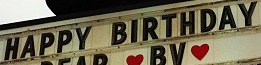
HAPPY BIRTHDAY